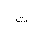
Letter: _ta